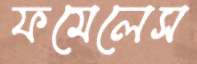
ফমেলেস